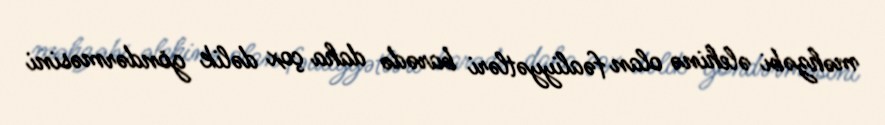
məhzəbi əlehinə olan fəaliyyətləri barədə daha çox dəlik göndərməsini